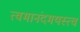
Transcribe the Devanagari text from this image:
त्वमानंदमयस्त्वं